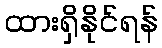
ထားရှိနိုင်ရန်